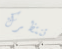
تنتظرك